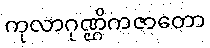
ကုလာဂုဏ္ဌိကဇာတော